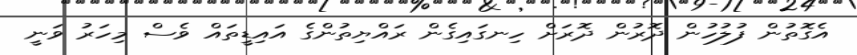
އެގޮތުން ފުލުހުން ދޮރުން ދޮރަށް ހިނގައިގެން ރައްޔިތުންގެ އައިޑީތައް ވެސް މިހަރު ވަނީ